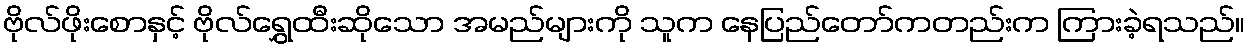
ဗိုလ်ဖိုးစောနှင့် ဗိုလ်ရွှေထီးဆိုသော အမည်များကို သူက နေပြည်တော်ကတည်းက ကြားခဲ့ရသည်။